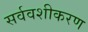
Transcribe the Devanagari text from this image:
सर्ववशीकरण